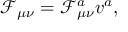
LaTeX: \mathcal { F } _ { \mu \nu } = \mathcal { F } _ { \mu \nu } ^ { a } v ^ { a } ,